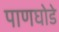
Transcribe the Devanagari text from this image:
पाणघोडे